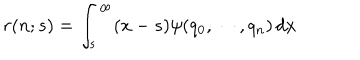
LaTeX: r ( n ; s ) = \int _ { s } ^ { \infty } ( x - s ) \psi ( q _ { 0 } , \cdots , q _ { n } ) \, d x